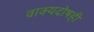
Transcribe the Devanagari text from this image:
वाक्यदोषही